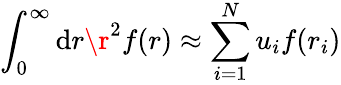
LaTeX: \int_{0}^{\infty}\mathrm{d}r\r^{2}f(r)\approx\sum_{i=1}^{N}u_{i}f(r_{i})